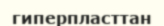
гиперпласттан